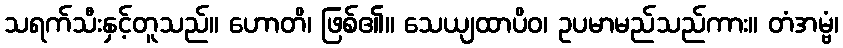
သရက်သီးနှင့်တူသည်။ ဟောတိ၊ ဖြစ်၏။ သေယျထာပိဝ၊ ဥပမာမည်သည်ကား။ တံအမ္ဗံ၊